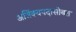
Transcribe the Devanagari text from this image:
अजिंक्यपदासोबत